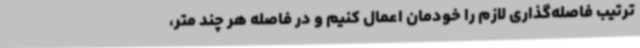
ترتیب فاصله‌گذاری لازم را خودمان اعمال کنیم و در فاصله هر چند متر،